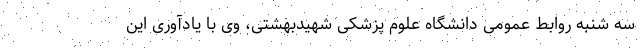
سه شنبه روابط عمومی دانشگاه علوم پزشکی شهیدبهشتی، وی با یادآوری این